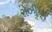
રોઝીયા